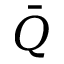
\bar { Q }